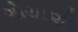
ગોયાણી